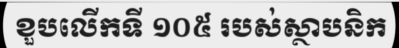
ខួបលើកទី ១០៥ របស់ស្ថាបនិក